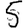
Digit: 5